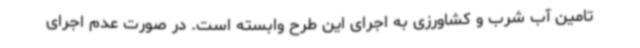
تامین آب شرب و کشاورزی به اجرای این طرح وابسته است. در صورت عدم اجرای